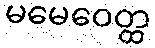
မမေဝေတ္ထ